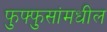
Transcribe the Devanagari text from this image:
फुफ्फुसांमधील